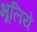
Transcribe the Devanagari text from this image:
भूलिये